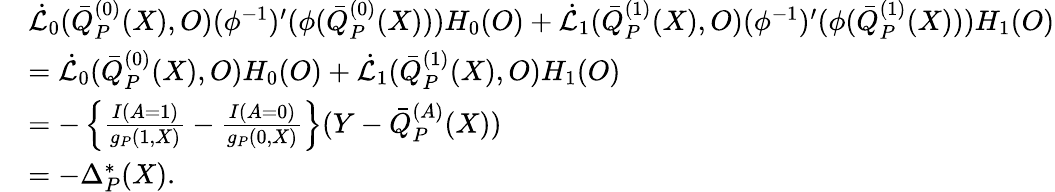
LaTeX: \begin{array}{rl}&{\dot{\mathcal{L}}_{0}(\bar{Q}_{P}^{(0)}(X),O)(\phi^{-1})^{\prime}(\phi(\bar{Q}_{P}^{(0)}(X)))H_{0}(O)+\dot{\mathcal{L}}_{1}(\bar{Q}_{P}^{(1)}(X),O)(\phi^{-1})^{\prime}(\phi(\bar{Q}_{P}^{(1)}(X)))H_{1}(O)}\\ &{=\dot{\mathcal{L}}_{0}(\bar{Q}_{P}^{(0)}(X),O)H_{0}(O)+\dot{\mathcal{L}}_{1}(\bar{Q}_{P}^{(1)}(X),O)H_{1}(O)}\\ &{=-\left\{ \frac{I(A=1)}{g_{P}(1,X)}-\frac{I(A=0)}{g_{P}(0,X)}\right\} (Y-\bar{Q}_{P}^{(A)}(X))}\\ &{=-\Delta_{P}^{*}(X).}\end{array}